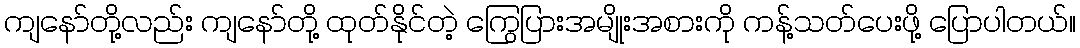
ကျနော်တို့လည်း ကျနော်တို့ ထုတ်နိုင်တဲ့ ကြွေပြားအမျိုးအစားကို ကန့်သတ်ပေးဖို့ ပြောပါတယ်။